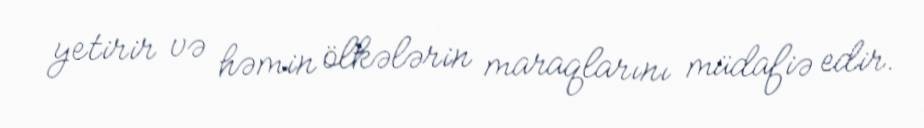
yetirir və həmin ölkələrin maraqlarını müdafiə edir.